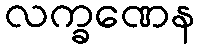
လက္ခဏေန